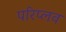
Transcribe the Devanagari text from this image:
परिप्लव